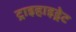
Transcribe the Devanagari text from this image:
ट्राइहाइड्रेट